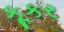
કૂકર